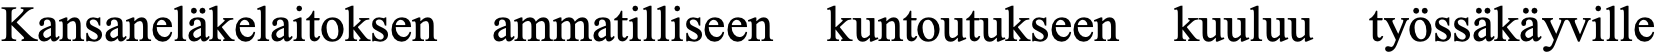
Kansaneläkelaitoksen ammatilliseen kuntoutukseen kuuluu työssäkäyville